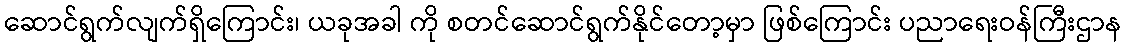
ဆောင်ရွက်လျက်ရှိကြောင်း၊ ယခုအခါ ကို စတင်ဆောင်ရွက်နိုင်တော့မှာ ဖြစ်ကြောင်း ပညာရေးဝန်ကြီးဌာန